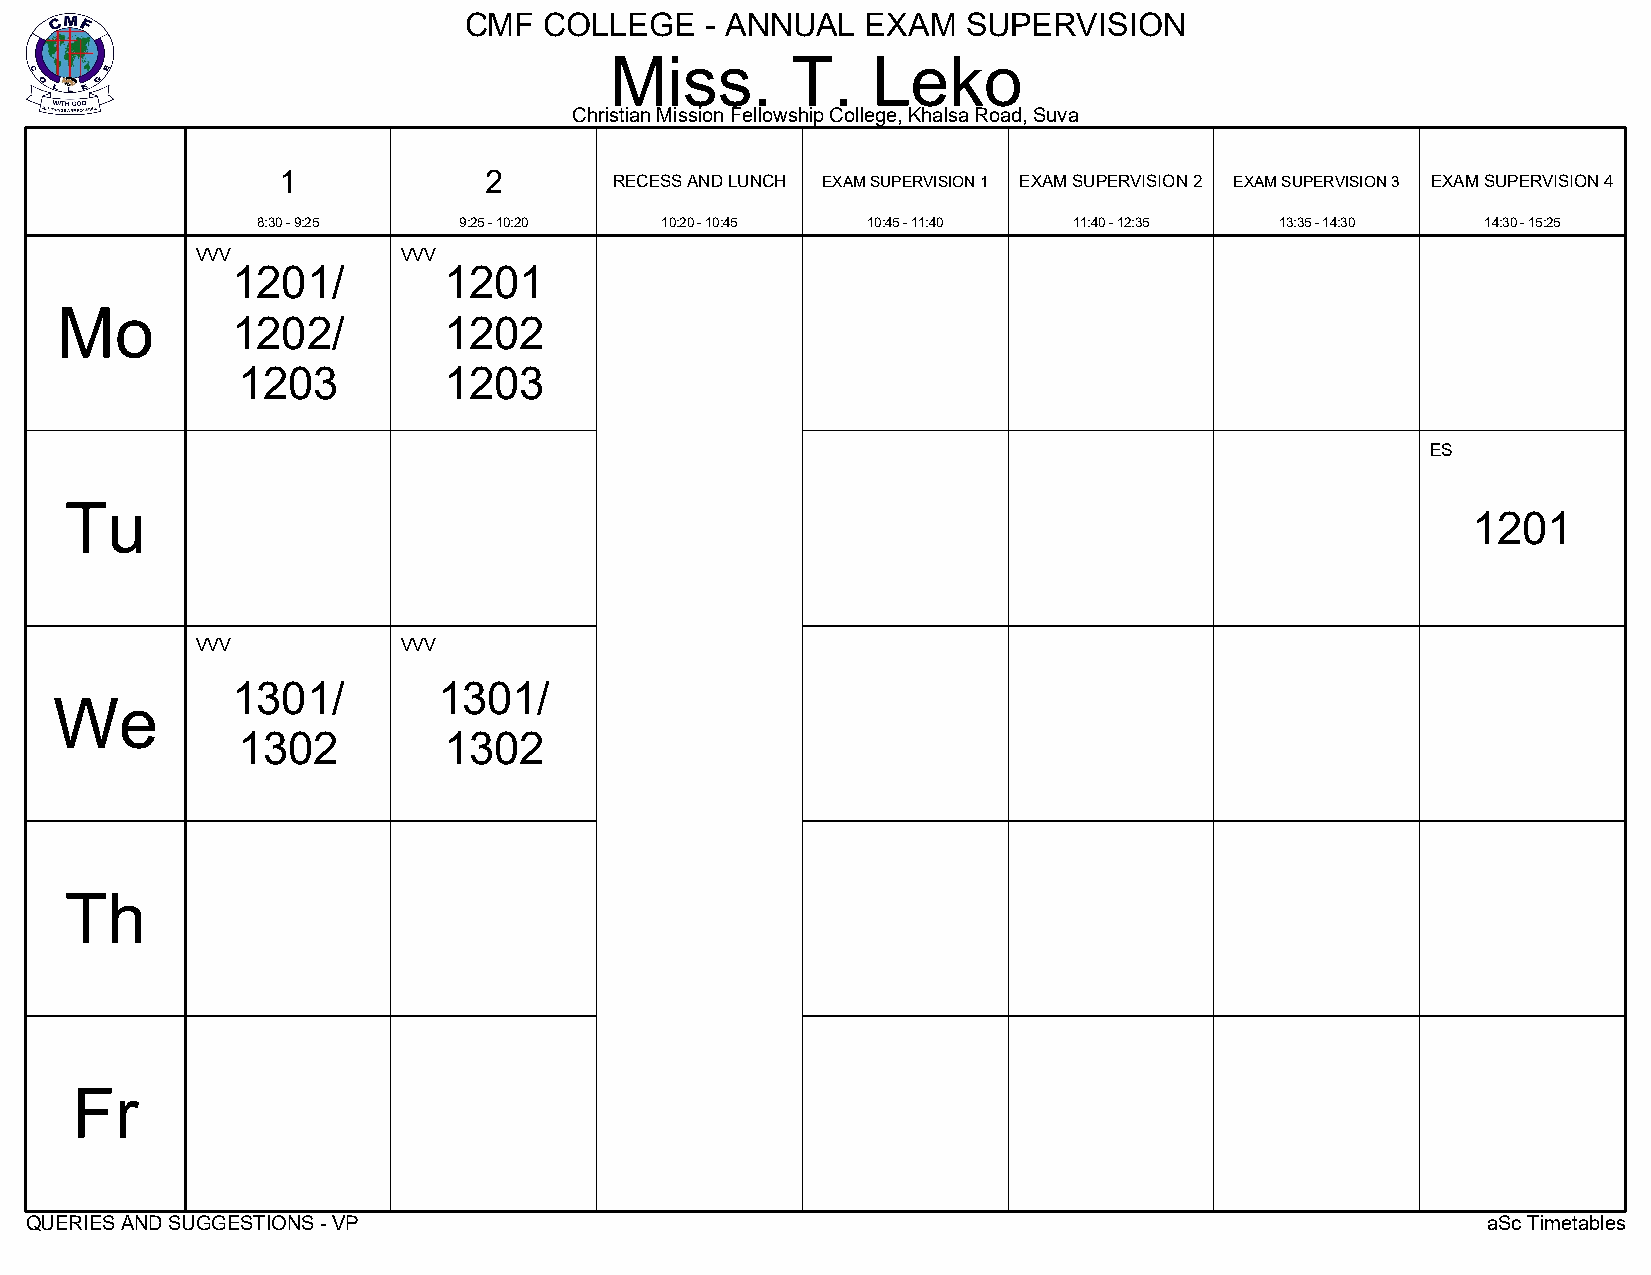
CMF  COLLEGE    - ANNUAL  EXAM   SUPERVISION
 Miss.       T.    Leko
 Christian Mission Fellowship College, Khalsa Road, Suva
 1             2
 RECESS AND LUNCH EXAM SUPERVISION 1 EXAM SUPERVISION 2 EXAM SUPERVISION 3 EXAM SUPERVISION 4
 8:30 - 9:25  9:25 - 10:20  10:20 - 10:45 10:45 - 11:40 11:40 - 12:35 13:35 - 14:30 14:30 - 15:25
 VVV           VVV
 1201/         1201
 Mo
 1202/         1202
 1203         1203
 ES
 Tu
 1201
 VVV           VVV
 1301/         1301/
 We
 1302         1302
 Th
 Fr
 QUERIES AND SUGGESTIONS - VP                                                                    aSc Timetables